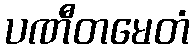
ပဏီတမေတံ